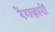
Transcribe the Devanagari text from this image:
रेगज़ारों